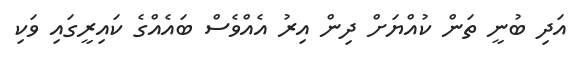
އަދި ބުނީ ތަން ކުއްޔަށް ދިން އިރު އެއްވެސް ބައެއްގެ ކައިރީގައި ވަކި